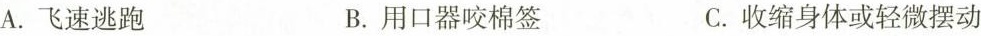
A.飞速逃跑 B.用口器咬棉签 C.收缩身体或轻微摆动